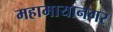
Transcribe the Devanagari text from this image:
महामायानगर